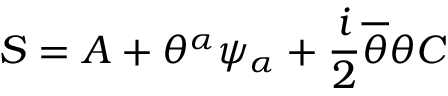
S = A + \theta ^ { \alpha } \psi _ { \alpha } + \frac { i } { 2 } \overline { { { \theta } } } \theta C